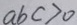
a b c > 0